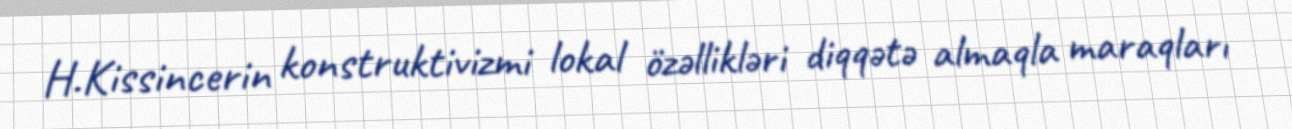
H.Kissincerin konstruktivizmi lokal özəllikləri diqqətə almaqla maraqları